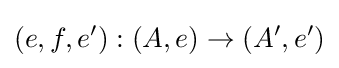
(e,f,e^{\prime }):(A,e)\rightarrow (A^{\prime },e^{\prime })